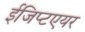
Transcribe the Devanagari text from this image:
ईजिप्टएयर